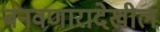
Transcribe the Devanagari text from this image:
बनवणारादेखील